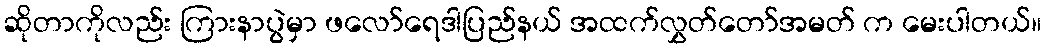
ဆိုတာကိုလည်း ကြားနာပွဲမှာ ဖလော်ရေဒါပြည်နယ် အထက်လွှတ်တော်အမတ် က မေးပါတယ်။